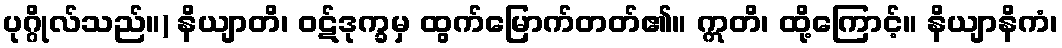
ပုဂ္ဂိုလ်သည်။) နိယျာတိ၊ ဝဋ်ဒုက္ခမှ ထွက်မြောက်တတ်၏။ ဣတိ၊ ထို့ကြောင့်။ နိယျာနိကံ၊